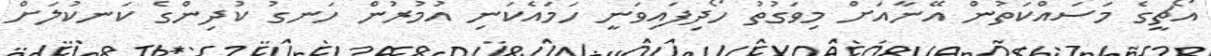
އޯޗީގެ މަސައްކަތުން އޭނާއަށް މިވަގުތު ހޯދިފައިވަނީ ހަމައެކަނި އުމުރުން ހަނގު ކުދިންގެ ކަނކުލަށް